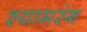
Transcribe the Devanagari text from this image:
श्यामरंग